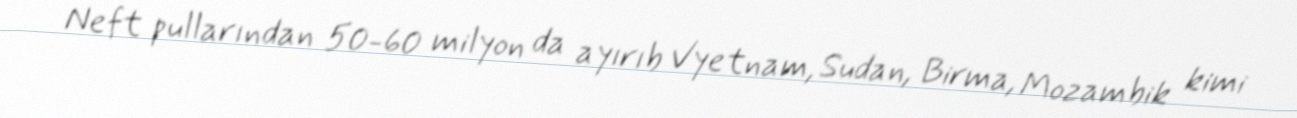
Neft pullarından 50-60 milyon da ayırıb Vyetnam, Sudan, Birma, Mozambik kimi